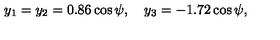
y _ { 1 } = y _ { 2 } = 0 . 8 6 \cos \psi , \quad y _ { 3 } = - 1 . 7 2 \cos \psi ,